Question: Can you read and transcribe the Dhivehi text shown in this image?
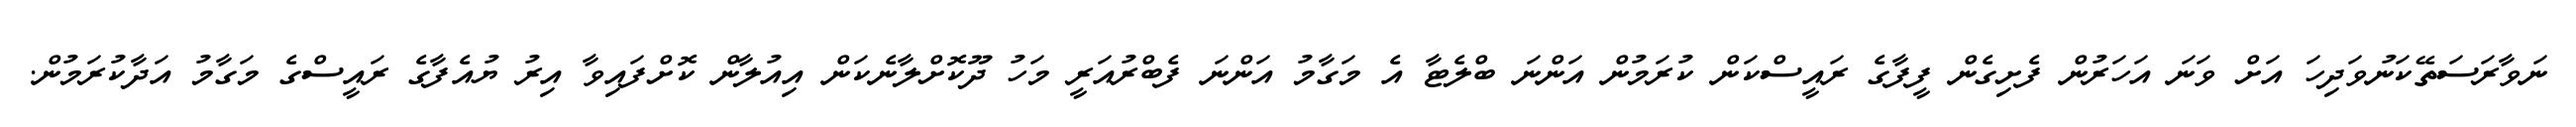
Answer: ނަވާރަސަތޭކަނުވަދިހަ އަށް ވަނަ އަހަރުން ފެށިގެން ފީފާގެ ރައީސްކަން ކުރަމުން އަންނަ ބްލެޓާ އެ މަގާމު އަންނަ ފެބްރުއަރީ މަހު ދޫކޮށްލާނެކަން އިއުލާން ކޮށްފައިވާ އިރު ޔުއެފާގެ ރައީސްގެ މަގާމު އަދާކުރަމުން.